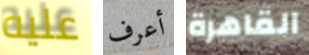
عليه أعرف القاهرة